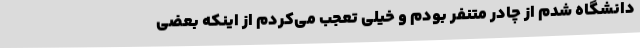
دانشگاه شدم از چادر متنفر بودم و خیلی تعجب می‌کردم از اینکه بعضی